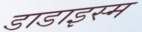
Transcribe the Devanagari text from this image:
डाडाइस्म